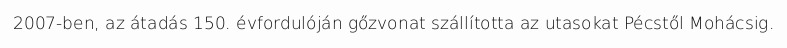
2007-ben, az átadás 150. évfordulóján gőzvonat szállította az utasokat Pécstől Mohácsig.